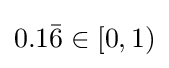
0.1{\bar {6}}\in [0,1)